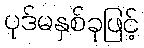
ပုဒ်မနှစ်ခုဖြင့်